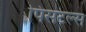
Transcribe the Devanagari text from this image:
पिसटल्स